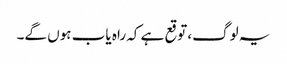
یہ لوگ، توقع ہے کہ راہ یاب ہوں گے۔